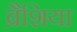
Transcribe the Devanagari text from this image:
ब्रैशिया